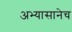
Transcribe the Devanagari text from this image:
अभ्यासानेच